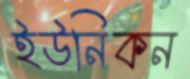
ইউনিকন